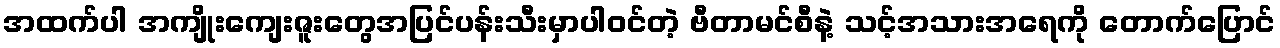
အထက်ပါ အကျိုးကျေးဇူးတွေအပြင်ပန်းသီးမှာပါဝင်တဲ့ ဗီတာမင်စီနဲ့ သင့်အသားအရေကို တောက်ပြောင်